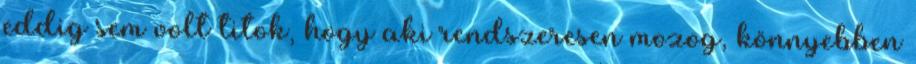
eddig sem volt titok, hogy aki rendszeresen mozog, könnyebben